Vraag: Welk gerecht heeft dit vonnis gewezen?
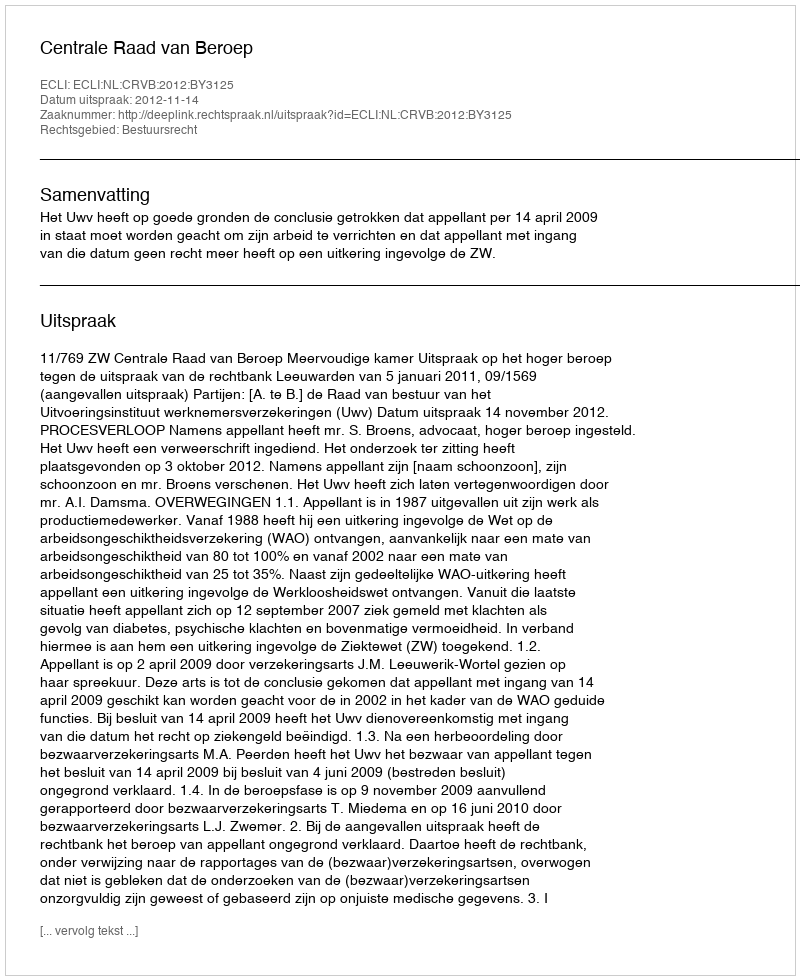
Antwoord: Centrale Raad van Beroep